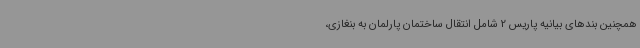
همچنین بندهای بیانیه پاریس 2 شامل انتقال ساختمان پارلمان به بنغازی،